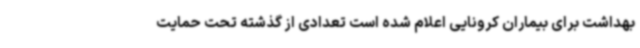
بهداشت برای بیماران کرونایی اعلام شده است تعدادی از گذشته تحت حمایت